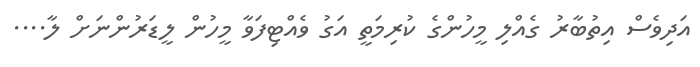
އަދިވެސް އިތުބާރު ގެއްލި މީހުންގެ ކުރިމަތީ އަގު ވެއްޓިފަވާ މީހުން ލީޑަރުންނަށް ލާ....